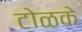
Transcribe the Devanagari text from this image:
टोळके